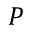
P